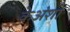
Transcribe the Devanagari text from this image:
केअंशों